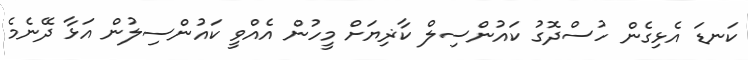
ކަނޑަ އެޅިގެން ހުސްދޮގު ކައުންސިލް ކާޜިޔަށް މީހުން އެއްވީ ކައުންސިލުން އަޅާ ދޭނެމެ